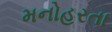
મનોહરતા